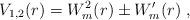
LaTeX: \begin{align*}V_{1,2}(r)= W_m^2(r)\pm W_m'(r)\;,\end{align*}